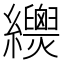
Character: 𦇳